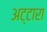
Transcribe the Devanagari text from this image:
अट्टारा